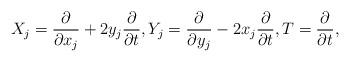
LaTeX: \begin{align*}X_j={\partial \over \partial x_j} + 2y_j {\partial\over\partial t}, Y_j={\partial \over \partial y_j} - 2x_j {\partial\over\partial t}, T={\partial\over \partial t},\end{align*}